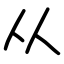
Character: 从